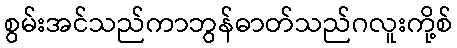
စွမ်းအင်သည်ကာဘွန်ဓာတ်သည်ဂလူးကို့စ်